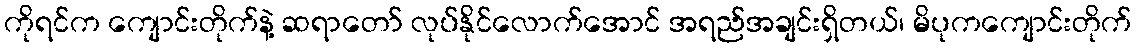
ကိုရင်က ကျောင်းတိုက်နဲ့ ဆရာတော် လုပ်နိုင်လောက်အောင် အရည်အချင်းရှိတယ်၊ မိပုကကျောင်းတိုက်